Mental hospitals Bombay report 1929-33 - 1929-1933
Year: 1929
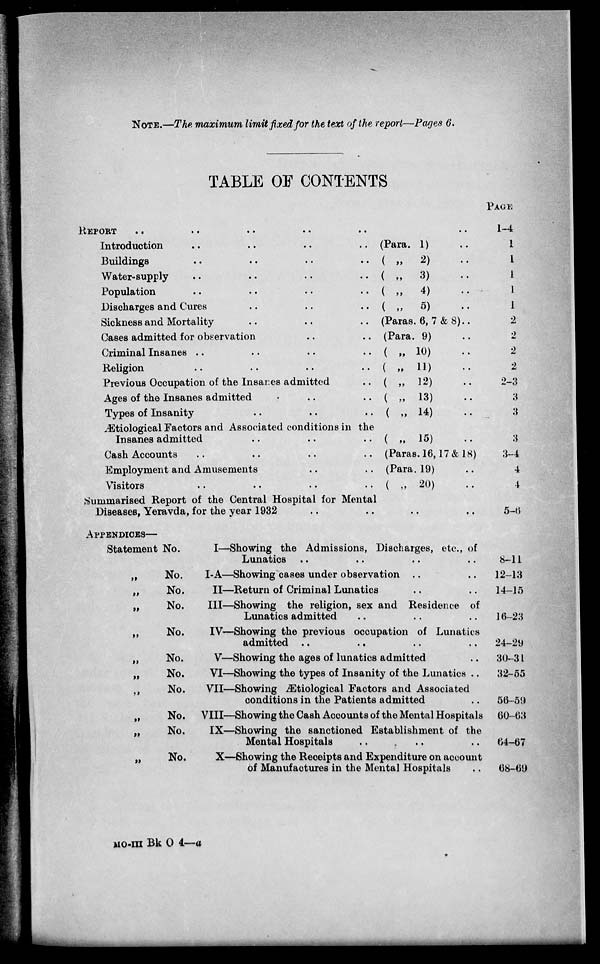
NOTE.—The maximum limit fixed for the text of the report—Pages 6.
TABLE OF CONTENTS
REPORT
..
..
..
..
..
..
Introduction
..
..
..
.. (Para. 1) ..
Buildings
..
..
..
.. ( „
2) ..
Water-supply
..
..
..
.. ( „
3) ..
Population
..
..
..
.. ( „
4) ..
Discharges and Cures
..
..
.. ( „
5) ..
Sickness and Mortality
..
..
.. (Paras. 6, 7 & 8)..
Cases admitted for observation
..
.. (Para. 9) ..
Criminal Insanes ..
..
..
.. ( „ 10) ..
Religion
..
..
..
.. ( „ 11) ..
Previous Occupation of the Insanes admitted
.. ( „ 12) ..
Ages of the Insanes admitted
..
..
.. ( „ 13) ..
Types of Insanity
..
..
.. ( „ 14) ..
Ætiological Factors and Associated conditions in the
Insanes admitted
..
..
.. ( „ 15) ..
Cash Accounts
..
..
..
.. (Paras. 16,17 & 18)
Employment and Amusements
..
.. (Para. 19) ..
Visitors
..
..
..
.. ( „ 20) ..
Summarised Report of the Central Hospital for Mental
Diseases, Yeravda, for the year 1932 .. .. .. ..
APPENDICES—
Statement No.
I—Showing the Admissions, Discharges, etc., of
Lunatics .. .. .. ..
„
No.
I-A—Showing cases under observation .. ..
„
No.
II—Return of Criminal Lunatics .. ..
„
No.
III—Showing the religion, sex and Residence of
Lunatics admitted .. .. ..
„
No.
IV—Showing the previous occupation of Lunatics
admitted .. .. .. ..
„
No.
V—Showing the ages of lunatics admitted ..
„
No.
VI—Showing the types of Insanity of the Lunatics ..
„
No.
VII—Showing Ætiological Factors and Associated
conditions in the Patients admitted ..
„
No. VIII—Showing the Cash Accounts of the Mental Hospitals
„
No.
IX—Showing the sanctioned Establishment of the
Mental Hospitals
..
.. .. ..
„
No.
X—Showing the Receipts and Expenditure on account
of Manufactures in the Mental Hospitals ..
PAGE
1-4
1
1
1
1
1
2
2
2
2
2-3
3
3
3
3-4
4
4
5-6
8-11
12-13
14-15
16-23
24-29
30-31
32-55
56-59
60-63
64-67
68-69
MO-III Bk O 4—a